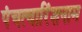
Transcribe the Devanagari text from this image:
पंचत्वारिंशनाम